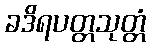
ခဒိရပတ္တသုတ္တံ